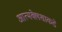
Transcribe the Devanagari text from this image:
आत्मक्लेशाकडे